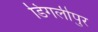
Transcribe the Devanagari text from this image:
डिगलीपुर